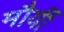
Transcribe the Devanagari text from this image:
मौर्यी